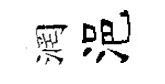
润浥